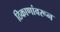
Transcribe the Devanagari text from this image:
ठिकाणांवरून